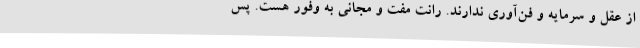
از عقل و سرمایه و فن‌آوری ندارند. رانت مفت و مجانی به وفور هست. پس